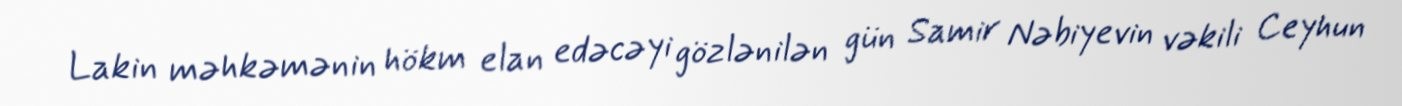
Lakin məhkəmənin hökm elan edəcəyi gözlənilən gün Samir Nəbiyevin vəkili Ceyhun